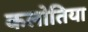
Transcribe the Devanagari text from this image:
कलोतिया